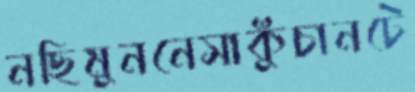
নছিমুননেসাকুঁচানটে